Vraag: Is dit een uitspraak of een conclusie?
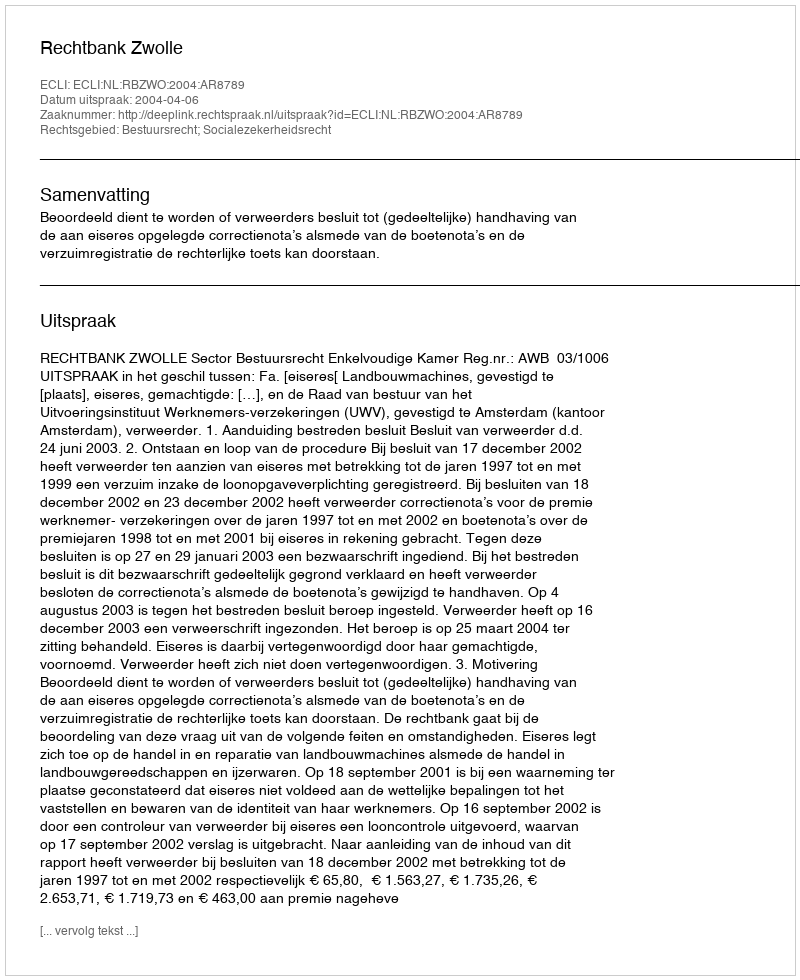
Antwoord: Uitspraak